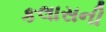
કલાસની